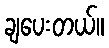
ချပေးတယ်။